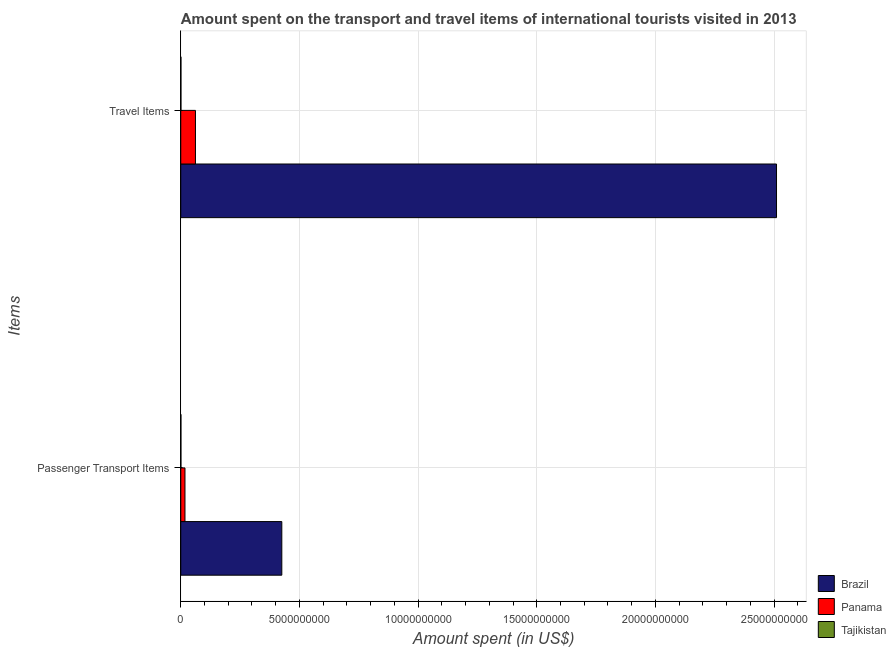
| Items | Brazil | Panama | Tajikistan |
 | --- | --- | --- | --- |
 | Passenger Transport Items | 4.26e+09 | 1.77e+08 | 6.9e+06 |
 | Travel Items | 2.51e+10 | 6.19e+08 | 7.2e+06 |